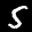
Label: 5